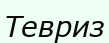
Тевриз